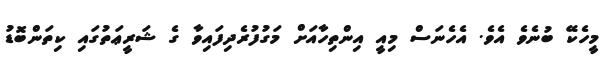
މީހެކޭ ބުނެވެ އެވެ. އެހެނަސް މިއީ އިންތިހާއަށް މަގުފުރެދިފައިވާ ގެ ޝަރީޢަތުގައި ކިތަންބޮޑު